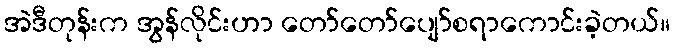
အဲဒီတုန်းက အွန်လိုင်းဟာ တော်တော်ပျော်စရာကောင်းခဲ့တယ်။